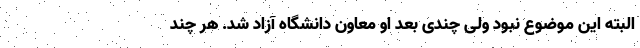
البته این موضوع نبود ولی چندی بعد او معاون دانشگاه آزاد شد. هر چند